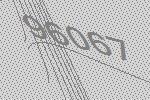
96067